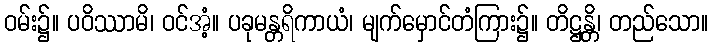
ဝမ်း၌။ ပဝိဿာမိ၊ ဝင်အံ့။ ပခုမန္တရိကာယံ၊ မျက်မှောင်တံကြား၌။ တိဋ္ဌန္တိ၊ တည်သော။